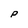
Character: P